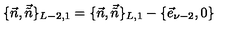
\{ \vec { n } , \vec { \tilde { n } } \} _ { L - 2 , 1 } = \{ \vec { n } , \vec { \tilde { n } } \} _ { L , 1 } - \{ \vec { e } _ { \nu - 2 } , 0 \}